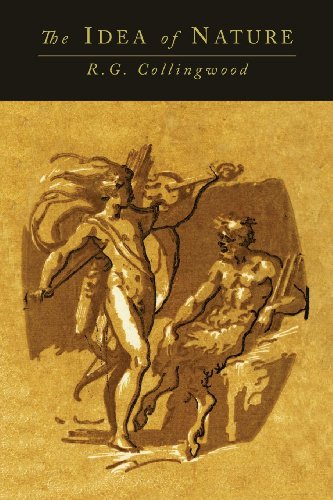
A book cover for The Idea of Nature; Robin George Collingwood; Politics & Social Sciences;